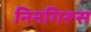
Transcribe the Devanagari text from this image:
निनगिरूस